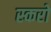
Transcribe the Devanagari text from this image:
स्करो